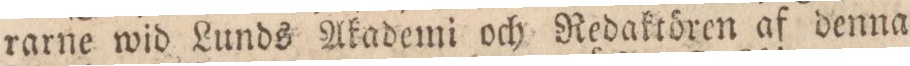
rarne wid Lunds Akademi och Redaktören af denna